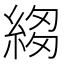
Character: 𦁯